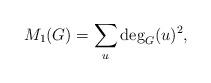
LaTeX: \begin{align*} M_1(G) = \sum_{u} \deg_G(u)^2,\end{align*}